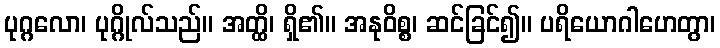
ပုဂ္ဂလော၊ ပုဂ္ဂိုလ်သည်။ အတ္ထိ၊ ရှိ၏။ အနုဝိစ္စ၊ ဆင်ခြင်၍။ ပရိယောဂါဟေတွာ၊